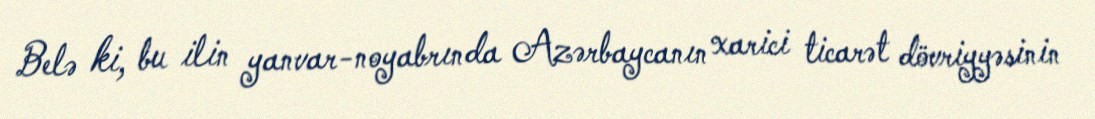
Belə ki, bu ilin yanvar-noyabrında Azərbaycanın xarici ticarət dövriyyəsinin